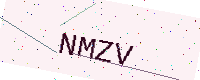
Text: NMZV